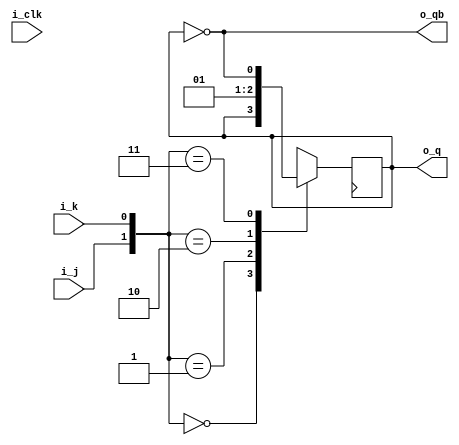
module jk_trig
	(
		input i_clk,
		input i_j,
		input i_k,

		output o_q,	//JK触发器正输出
		output o_qb	//JK触发器负输出

	);

	//模块内的r_q是没有初始值的
	reg r_q;
	
	assign o_q = r_q;
	assign o_qb = ~r_q;


	always@(posedge clk)
	begin
		case({i_j, i_k})
			2'b00: r_q <= r_q;
			2'b01: r_q <= 1'b0;
			2'b10: r_q <= 1'b1;
			2'b11: r_q <= ~r_q;
			default: r_q <= r_q;
		endcase
	end

endmodule